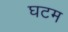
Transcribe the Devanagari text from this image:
घटम